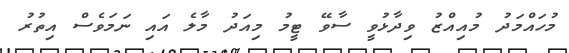
މުހައްމަދު މުއިއްޒު ވިދާޅުވީ ސާވޭ ޓީމު މިއަދު މާލެ އައި ނަމަވެސް އިތުރު